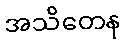
အသိတေန